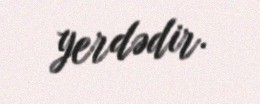
yerdədir.